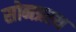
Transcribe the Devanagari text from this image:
सोनप्रस्थ